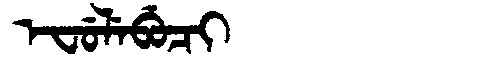
Manchu: ᡝᠸᡠᠯᡝᠪᡠᠴᡳ
Romanization: EFULEBUCI